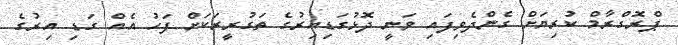
ޕްރޮގްރާމް ކުރިޔަށް ގެންދެވިފައި ވަނީ ދޮޅުގަޑިއިރުގެ ތަގުރީރަކަށް ފަހު އެއް ގަޑި އިރުގެ